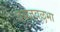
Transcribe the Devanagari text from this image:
दैवज्ञवल्लभा